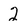
Character: 2